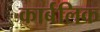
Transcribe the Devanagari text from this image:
कार्बलिक